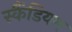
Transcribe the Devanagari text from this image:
स्कैंडियम